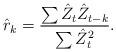
LaTeX: \begin{align*}\hat r_k=\frac{\sum \hat Z_t \hat Z_{t-k}}{\sum \hat Z^2_t}.\end{align*}